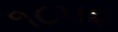
૧૮૫૨